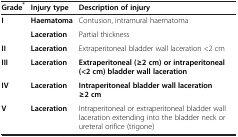
<table><thead><tr><td><b>Grade<sup>*</sup></b></td><td><b>Injury type</b></td><td><b>Description of injury</b></td></tr></thead><tbody><tr><td><b>I</b></td><td><b>Haematoma</b></td><td>Contusion, intramural haematoma</td></tr><tr><td> </td><td><b>Laceration</b></td><td>Partial thickness</td></tr><tr><td><b>II</b></td><td><b>Laceration</b></td><td>Extraperitoneal bladder wall laceration &lt;2 cm</td></tr><tr><td><b>III</b></td><td><b>Laceration</b></td><td><b>Extraperitoneal (≥2 cm) or intraperitoneal (&lt;2 cm) bladder wall laceration</b></td></tr><tr><td><b>IV</b></td><td><b>Laceration</b></td><td><b>Intraperitoneal bladder wall laceration ≥2 cm</b></td></tr><tr><td><b>V</b></td><td><b>Laceration</b></td><td>Intraperitoneal or extraperitoneal bladder wall laceration extending into the bladder neck or ureteral orifice (trigone)</td></tr></tbody></table>